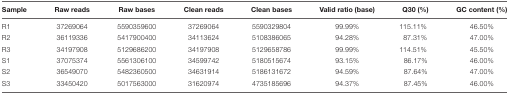
<table><thead><tr><td><b>Sample</b></td><td><b>Raw reads</b></td><td><b>Raw bases</b></td><td><b>Clean reads</b></td><td><b>Clean bases</b></td><td><b>Valid ratio (base)</b></td><td><b>Q30 (%)</b></td><td><b>GC content (%)</b></td></tr></thead><tbody><tr><td>R1</td><td>37269064</td><td>5590359600</td><td>37269064</td><td>5590329804</td><td>99.99%</td><td>115.11%</td><td>46.50%</td></tr><tr><td>R2</td><td>36119336</td><td>5417900400</td><td>34113624</td><td>5108386065</td><td>94.28%</td><td>87.31%</td><td>47.00%</td></tr><tr><td>R3</td><td>34197908</td><td>5129686200</td><td>34197908</td><td>5129658786</td><td>99.99%</td><td>114.51%</td><td>45.50%</td></tr><tr><td>S1</td><td>37075374</td><td>5561306100</td><td>34599742</td><td>5180515674</td><td>93.15%</td><td>86.17%</td><td>46.00%</td></tr><tr><td>S2</td><td>36549070</td><td>5482360500</td><td>34631914</td><td>5186131672</td><td>94.59%</td><td>87.64%</td><td>47.00%</td></tr><tr><td>S3</td><td>33450420</td><td>5017563000</td><td>31620974</td><td>4735185696</td><td>94.37%</td><td>87.45%</td><td>46.00%</td></tr></tbody></table>